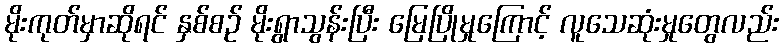
မိုးကုတ်မှာဆိုရင် နှစ်စဉ် မိုးရွာသွန်းပြီး မြေပြိုမှုကြောင့် လူသေဆုံးမှုတွေလည်း